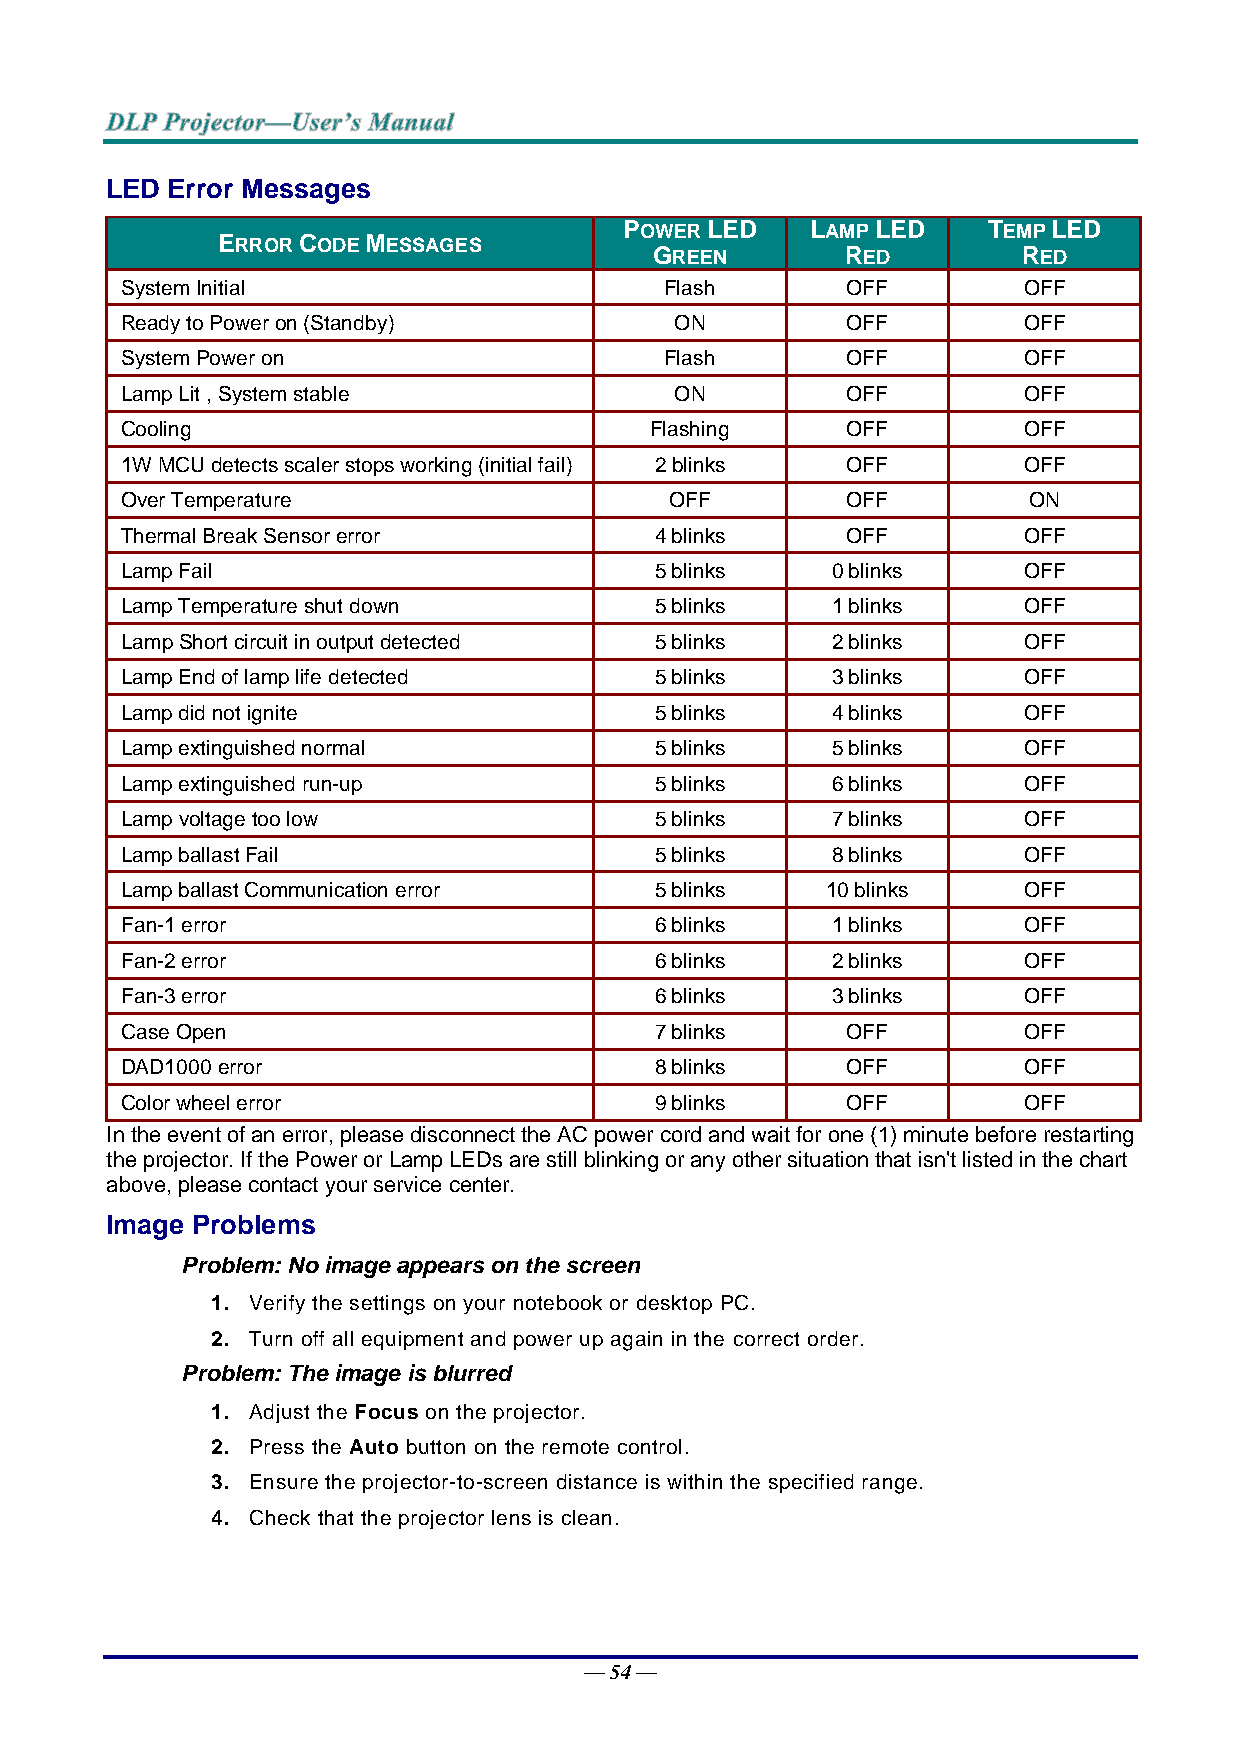
LED Error Messages
 POWER LED    LAMP LED   TEMP LED
 ERROR CODE MESSAGES
 GREEN        RED         RED
 System Initial                      Flash       OFF         OFF
 Ready to Power on (Standby)          ON         OFF         OFF
 System Power on                     Flash       OFF         OFF
 Lamp Lit , System stable             ON         OFF         OFF
 Cooling                            Flashing     OFF         OFF
 1W MCU detects scaler stops working (initial fail) 2 blinks OFF OFF
 Over Temperature                    OFF         OFF         ON
 Thermal Break Sensor error         4 blinks     OFF         OFF
 Lamp Fail                          5 blinks    0 blinks     OFF
 Lamp Temperature shut down         5 blinks    1 blinks     OFF
 Lamp Short circuit in output detected 5 blinks 2 blinks     OFF
 Lamp End of lamp life detected     5 blinks    3 blinks     OFF
 Lamp did not ignite                5 blinks    4 blinks     OFF
 Lamp extinguished normal           5 blinks    5 blinks     OFF
 Lamp extinguished run-up           5 blinks    6 blinks     OFF
 Lamp voltage too low               5 blinks    7 blinks     OFF
 Lamp ballast Fail                  5 blinks    8 blinks     OFF
 Lamp ballast Communication error   5 blinks    10 blinks    OFF
 Fan-1 error                        6 blinks    1 blinks     OFF
 Fan-2 error                        6 blinks    2 blinks     OFF
 Fan-3 error                        6 blinks    3 blinks     OFF
 Case Open                          7 blinks     OFF         OFF
 DAD1000 error                      8 blinks     OFF         OFF
 Color wheel error                  9 blinks     OFF         OFF
 In the event of an error, please disconnect the AC power cord and wait for one (1) minute before restarting
 the projector. If the Power or Lamp LEDs are still blinking or any other situation that isn't listed in the chart
 above, please contact your service center.
 Image Problems
 Problem: No image appears on the screen
 1. Verify the settings on your notebook or desktop PC.
 2. Turn off all equipment and power up again in the correct order.
 Problem: The image is blurred
 1. Adjust the Focus on the projector.
 2. Press the Auto button on the remote control.
 3. Ensure the projector-to-screen distance is within the specified range.
 4. Check that the projector lens is clean.
 — 54 —